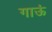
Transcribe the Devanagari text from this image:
गाऊं